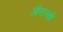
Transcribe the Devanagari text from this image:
ओव्हरथ्रो